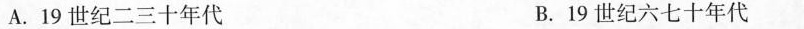
A.19世纪二三十年代 B.19世纪六七十年代